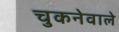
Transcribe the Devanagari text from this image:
चुकनेवाले